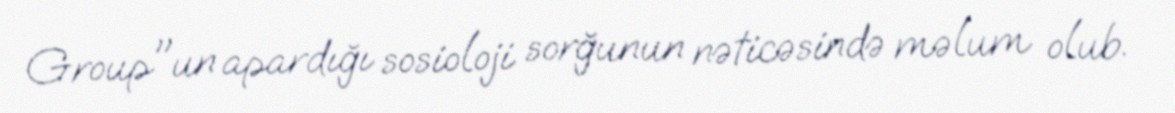
Group"un apardığı sosioloji sorğunun nəticəsində məlum olub.